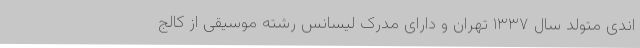
اندی متولد سال ۱۳۳۷ تهران و دارای مدرک لیسانس رشته موسیقی از کالج